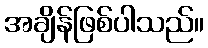
အချိန်ဖြစ်ပါသည်။